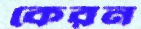
কেরন